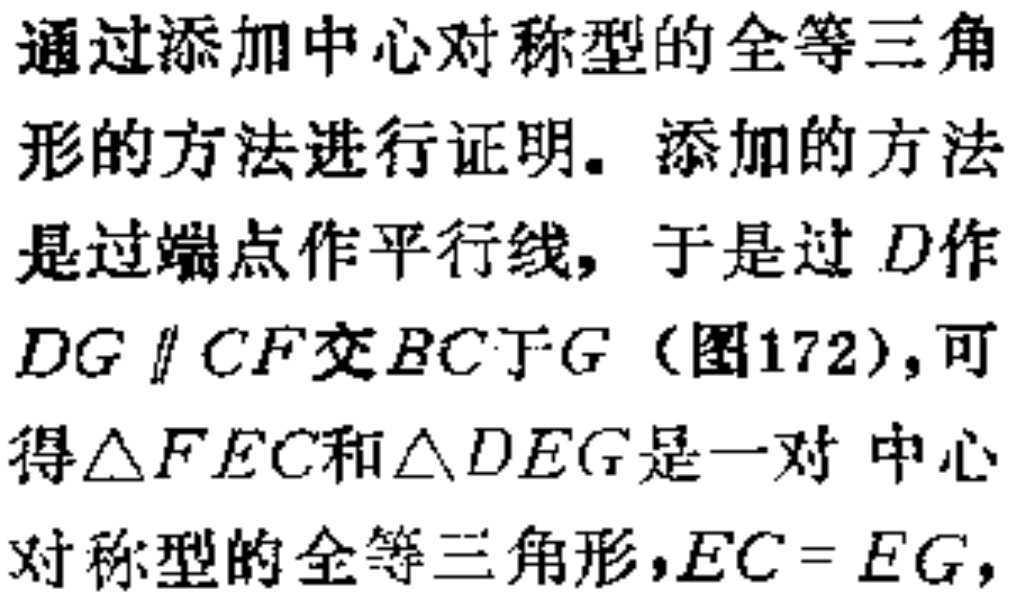
通过添加中心对称型的全等三角

形的方法进行证明。添加的方法

是过端点作平行线，于是过 \(D\)作

\(DG \parallel CF\)交 \(BC\)于\(G\)（图172），可

得\(\triangle FEC\)和\(\triangle DEG\)是一对 中心

对称型的全等三角形，\(EC = EG\)，